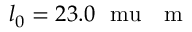
l _ { 0 } = 2 3 . 0 ~ \mathrm { \ m u } \mathrm { ~ \textrm ~ { ~ m ~ } ~ }